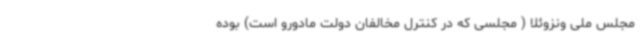
مجلس ملی ونزوئلا ( مجلسی که در کنترل مخالفان دولت مادورو است) بوده